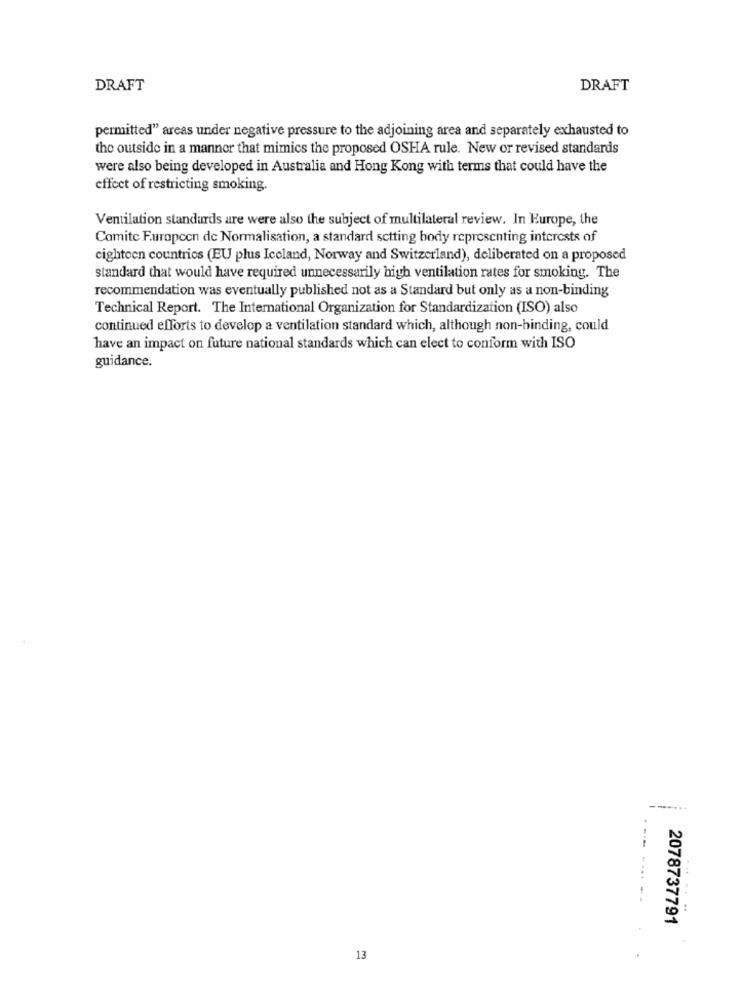
DRAFT
DRAFT
permitted" areas under negative pressure to the adjoining area and separately exhausted to
the outside in a manner that mimics the proposed OSHA rule. New or revised standards
were also being developed in Australia and Hong Kong with terms that could have the
effect of restricting smoking.
Ventilation standards are were also the subject of multilateral review. In Europe, the
Comite Furopcen de Normalisation, a standard setting body representing interests of
cighteen countries (EU plus Iceland, Norway and Switzerland), deliberated on a proposed
standard that would have required unnecessarily high ventilation rates for smoking. The
recommendation was eventually published not as a Standard but only as a non-binding
Technical Report. The International Organization for Standardization (ISO) also
continued efforts to develop a ventilation standard which, although non-binding, could
have an impact on future national standards which can elect to conform with ISO
guidance.
------
.......--
2078737791
13